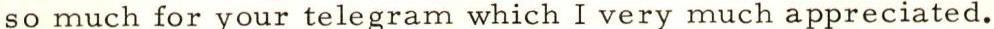
so much for your telegram which I very much appreciated.